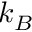
k _ { B }